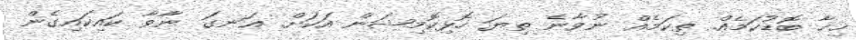
ޚިހާ ބޮޑުކަމެއް. ތިކަމެއް ނުވާނެ ތިޔަ ހޮޅިކޮމިޝަން އަކަށް. ޢަނގަ ނާވާ ކައިކައިގެން